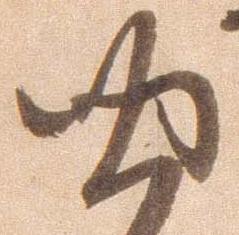
四